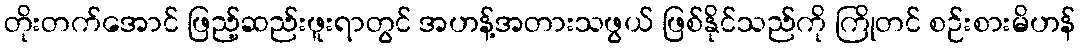
တိုးတက်အောင် ဖြည့်ဆည်းဖူးရာတွင် အဟန့်အတားသဖွယ် ဖြစ်နိုင်သည်ကို ကြိုတင် စဉ်းစားမိဟန်